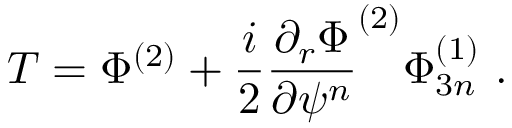
T = \Phi ^ { ( 2 ) } + \frac { i } { 2 } \frac { \partial _ { r } \Phi } { \partial \psi ^ { n } } ^ { ( 2 ) } \Phi _ { 3 n } ^ { ( 1 ) } \, \, .